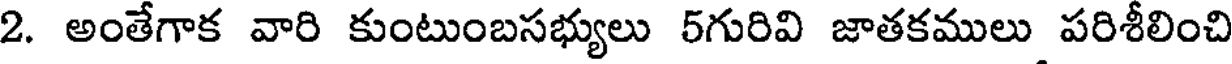
2. అంతేగాక వారి కుంటుంబసభ్యులు 5గురివి జాతకములు పరిశీలించి